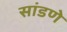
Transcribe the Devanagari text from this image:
सांडणे